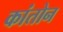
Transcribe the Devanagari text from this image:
कांतोन